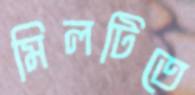
মিলটিতে